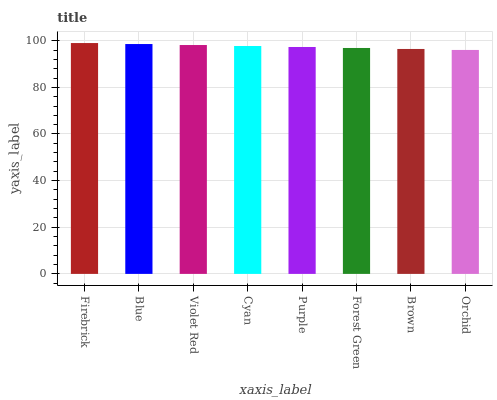
| xaxis_label | bars |
 | --- | --- |
 | Firebrick | 99 |
 | Blue | 98.6 |
 | Violet Red | 98.2 |
 | Cyan | 97.7 |
 | Purple | 97.3 |
 | Forest Green | 96.9 |
 | Brown | 96.5 |
 | Orchid | 96 |